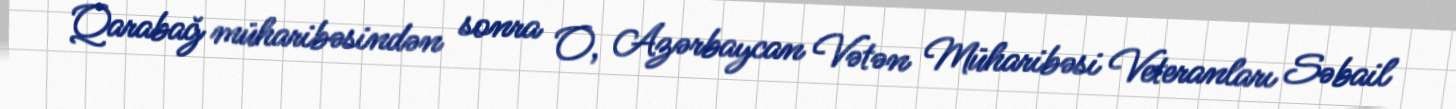
Qarabağ müharibəsindən sonra O, Azərbaycan Vətən Müharibəsi Veteranları Səbail